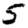
Digit: 5